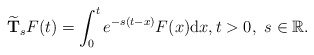
\begin{align*}\widetilde{\textbf{T}}_sF(t)=\int_{0}^{t}e^{-s(t-x)}F(x){\rm d}x,t>0, \ s\in \mathbb{R}.\end{align*}